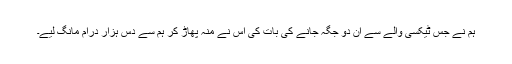
ہم نے جس ٹیکسی والے سے ان دو جگہ جانے کی بات کی اس نے منہ پھاڑ کر ہم سے دس ہزار درام مانگ لیے۔